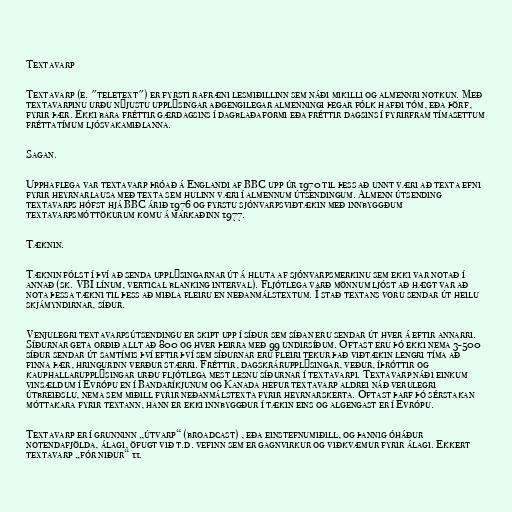
Textavarp

Textavarp (e. "teletext") er fyrsti rafræni lesmiðillinn sem náði mikilli og almennri notkun. Með
textavarpinu urðu nýjustu upplýsingar aðgengilegar almenningi þegar fólk hafði tóm, eða þörf,
fyrir þær. Ekki bara fréttir gærdagsins í dagblaðaformi eða fréttir dagsins í fyrirfram tímasettum
fréttatímum ljósvakamiðlanna.

Sagan.

Upphaflega var textavarp þróað á Englandi af BBC upp úr 1970 til þess að unnt væri að texta efni
fyrir heyrnarlausa með texta sem hulinn væri í almennum útsendingum. Almenn útsending
textavarps hófst hjá BBC árið 1976 og fyrstu sjónvarpsviðtækin með innbyggðum
textavarpsmóttökurum komu á markaðinn 1977.

Tæknin.

Tæknin fólst í því að senda upplýsingarnar út á hluta af sjónvarpsmerkinu sem ekki var notað í
annað (sk. VBI línum, vertical blanking interval). Fljótlega varð mönnum ljóst að hægt var að
nota þessa tækni til þess að miðla fleiru en neðanmálstextum. Í stað textans voru sendar út heilu
skjámyndirnar, síður.

Venjulegri textavarpsútsendingu er skipt upp í síður sem síðan eru sendar út hver á eftir annarri.
Síðurnar geta orðið allt að 800 og hver þeirra með 99 undirsíðum. Oftast eru þó ekki nema 3-500
síður sendar út samtímis því eftir því sem síðurnar eru fleiri tekur það viðtækin lengri tíma að
finna þær, hringurinn verður stærri. Fréttir, dagskrárupplýsingar, veður, íþróttir og
kauphallarupplýsingar urðu fljótlega mest lesnu síðurnar í textavarpi. Textavarp náði einkum
vinsældum í Evrópu en í Bandaríkjunum og Kanada hefur textavarp aldrei náð verulegri
útbreiðslu, nema sem miðill fyrir neðanmálstexta fyrir heyrnarskerta. Oftast þarf þó sérstakan
móttakara fyrir textann, hann er ekki innbyggður í tækin eins og algengast er í Evrópu.

Textavarp er í grunninn „útvarp“ (broadcast) , eða einstefnumiðill, og þannig óháður
notendafjölda, álagi, öfugt við t.d. vefinn sem er gagnvirkur og viðkvæmur fyrir álagi. Ekkert
textavarp „fór niður“ 11.